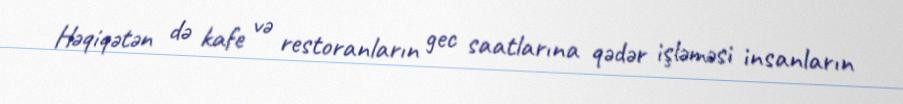
Həqiqətən də kafe və restoranların gec saatlarına qədər işləməsi insanların